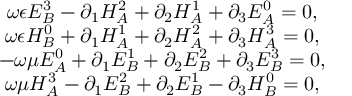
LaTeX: \begin{array} { c } { { \omega \epsilon E _ { B } ^ { 3 } - \partial _ { 1 } H _ { A } ^ { 2 } + \partial _ { 2 } H _ { A } ^ { 1 } + \partial _ { 3 } E _ { A } ^ { 0 } = 0 , } } \\ { { \omega \epsilon H _ { B } ^ { 0 } + \partial _ { 1 } H _ { A } ^ { 1 } + \partial _ { 2 } H _ { A } ^ { 2 } + \partial _ { 3 } H _ { A } ^ { 3 } = 0 , } } \\ { { - \omega \mu E _ { A } ^ { 0 } + \partial _ { 1 } E _ { B } ^ { 1 } + \partial _ { 2 } E _ { B } ^ { 2 } + \partial _ { 3 } E _ { B } ^ { 3 } = 0 , } } \\ { { \omega \mu H _ { A } ^ { 3 } - \partial _ { 1 } E _ { B } ^ { 2 } + \partial _ { 2 } E _ { B } ^ { 1 } - \partial _ { 3 } H _ { B } ^ { 0 } = 0 , } } \end{array}